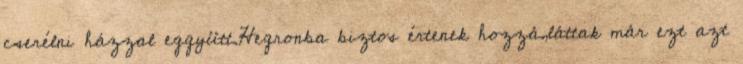
cserélni házzal eggyütt.Hegronba biztos értenek hozzá,láttak már ezt azt